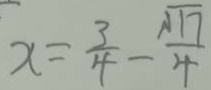
x = \frac { 3 } { 4 } - \frac { \sqrt { 1 7 } } { 4 }